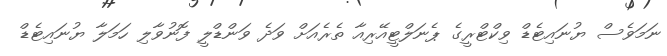
ނަމަވެސް ޔުނައިޓެޑް ވިކްޓްރީގެ ޕެނަލްޓީއޭރިއާ ތެރެއަށް ވަދެ ވަންޑްލީ ފޮނުވާލި ހަމަލާ ޔުނައިޓެޑް